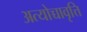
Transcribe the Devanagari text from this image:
अत्योच्चावृत्ति